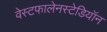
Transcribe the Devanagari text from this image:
वेस्टफालेनस्टेडियॉन